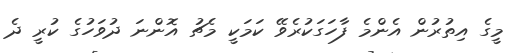
މީގެ އިތުރުން އެންމެ ފާހަގަކުރެވޭ ކަމަކީ މެޗު އޮންނަ ދުވަހުގެ ކުރީ ދެ